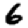
Digit: 6